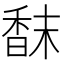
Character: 𩠿